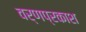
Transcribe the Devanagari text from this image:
वर्णप्रकाश